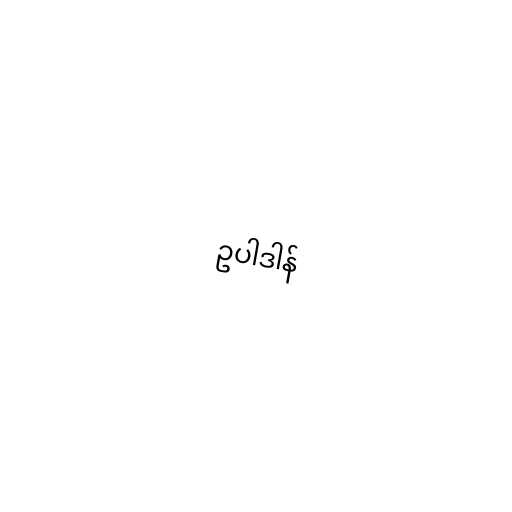
ဥပါဒါန်